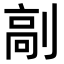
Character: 𠞟